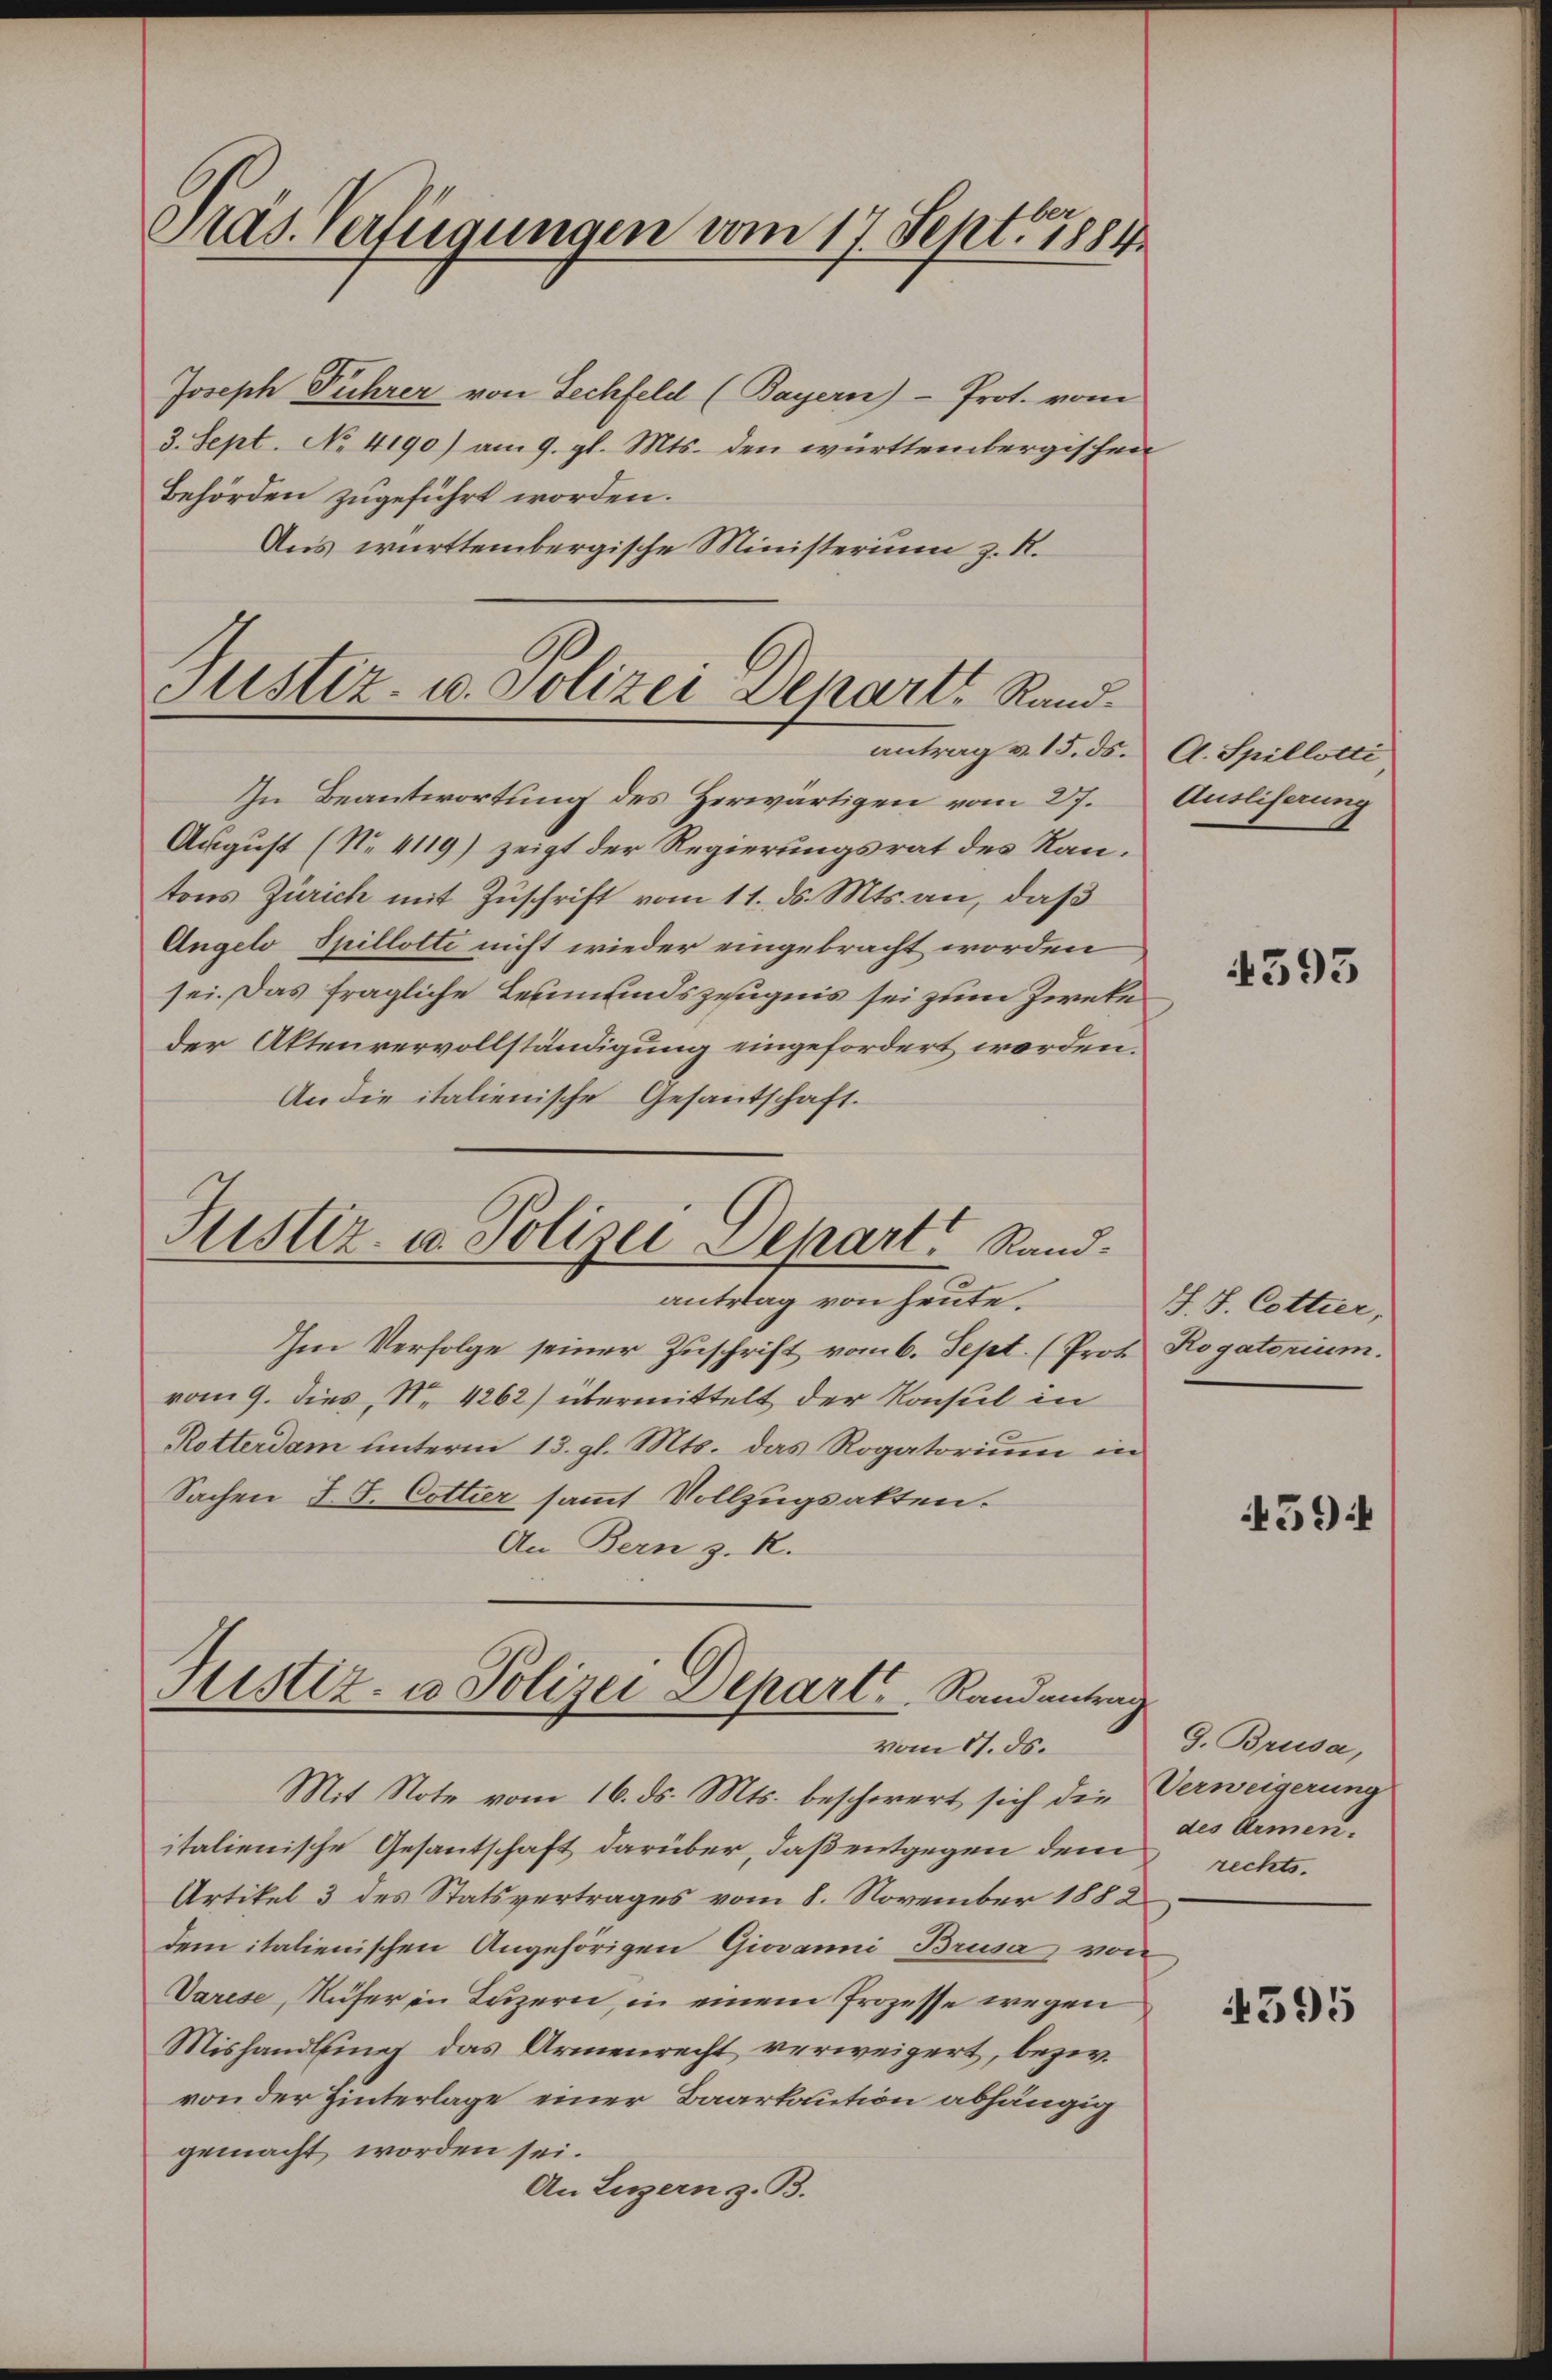
Pras. Verfügungen vom 17. Sept. 1884

Joseph Fuhrer von Lechfeld (Bayern)- Prot. vom
3. Sept. No 4190) am 9. gl. Mts. den württembergischen
Behörden zugeführt worden.
Aus württembergische Ministerium z. R.

Justiz- u. Polizei Departe Rand

In Beantwortung des Herwärtigen vom 27.
August (No. 4119) zeigt der Regierungsrat des Kantons Zürich mit Zuschrift vom 11. ds. Mts. an, daß
Angelo Spillotte nicht wieder eingebracht worden
sei. Das fragliche Leumundszeugnis sei zum Zweke
der Aktenvervollständigung eingefordert worden.
An die italienische Gesantschaft.

Justiz- u. Polizei Depart Rand.

Justiz- u Polizei Depart Randantrag
vom 11. ds.

antrag v. 15. ds. A. Spillotti
Ausliferung

antrag von heute.
Im Verfolge seiner Zuschrift vom 6. Sept. (Prof. Rogatorium.
vom 9. dies, N. 4262) übermittelt der Konsul in
Rotterdam unterm 13. gl. Mts. das Rogatorium in
Sachen I S. Cottier sammt Vollzugsakten.
An Bern z. K.

Mit Note vom 16. ds. Mts. beschwert sich die Verweigerung
italienische Gesantschaft darüber, daß entgegen dem rechts¬
Artikel 3 des Statsvertrages vom 8. November 1882
dem italienischen Angehörigen Giovanni Brusa von
Varese, Rufer in Luzern, in einem Prozesse wegen
Mishandlung das Armenrecht verweigert, bezw.
von der Hinterlage einer Baarkaution abhängig
gemacht worden sei.
An Luzern z. B.

4395

J. J. Cottier,

59

J. Brusa,
des Armen.

4395